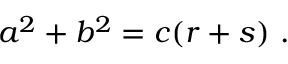
a ^ { 2 } + b ^ { 2 } = c ( r + s ) \ .